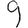
Digit: 9